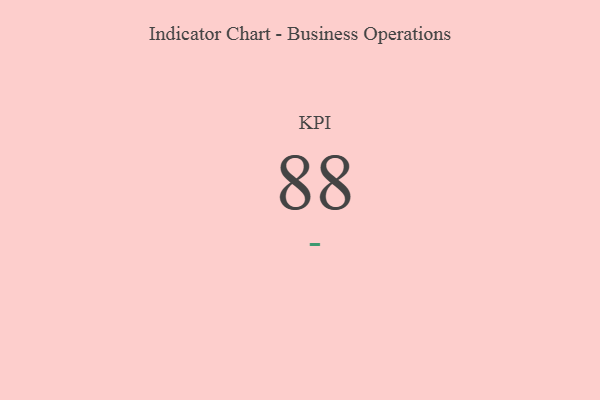
{"axis": {"x": "KPI", "y": "Value"}, "legend": [""], "data": [{"x": "KPI", "y": 88, "type": ""}]}